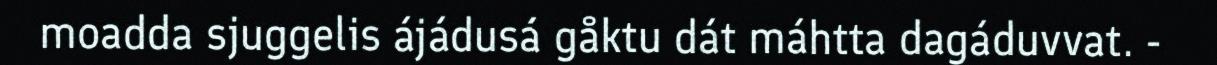
moadda sjuggelis ájádusá gåktu dát máhtta dagáduvvat. -